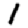
Digit: 1